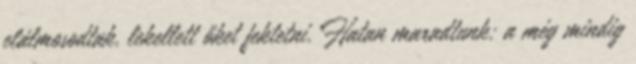
elálmosodtak, lekellett őket fektetni. Hatan maradtunk: a még mindig